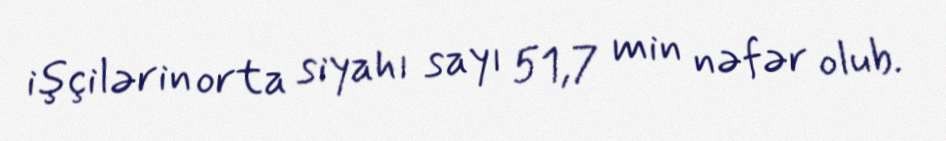
işçilərin orta siyahı sayı 51,7 min nəfər olub.